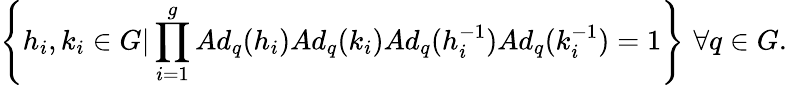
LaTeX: \left\{ h_{i},k_{i}\in G\vert\prod_{i=1}^{g}Ad_{q}(h_{i})Ad_{q}(k_{i})Ad_{q}(h_{i}^{-1})Ad_{q}(k_{i}^{-1})=1\right\} \, \, \forall q\in G.